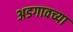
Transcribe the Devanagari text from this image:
अडगावच्या